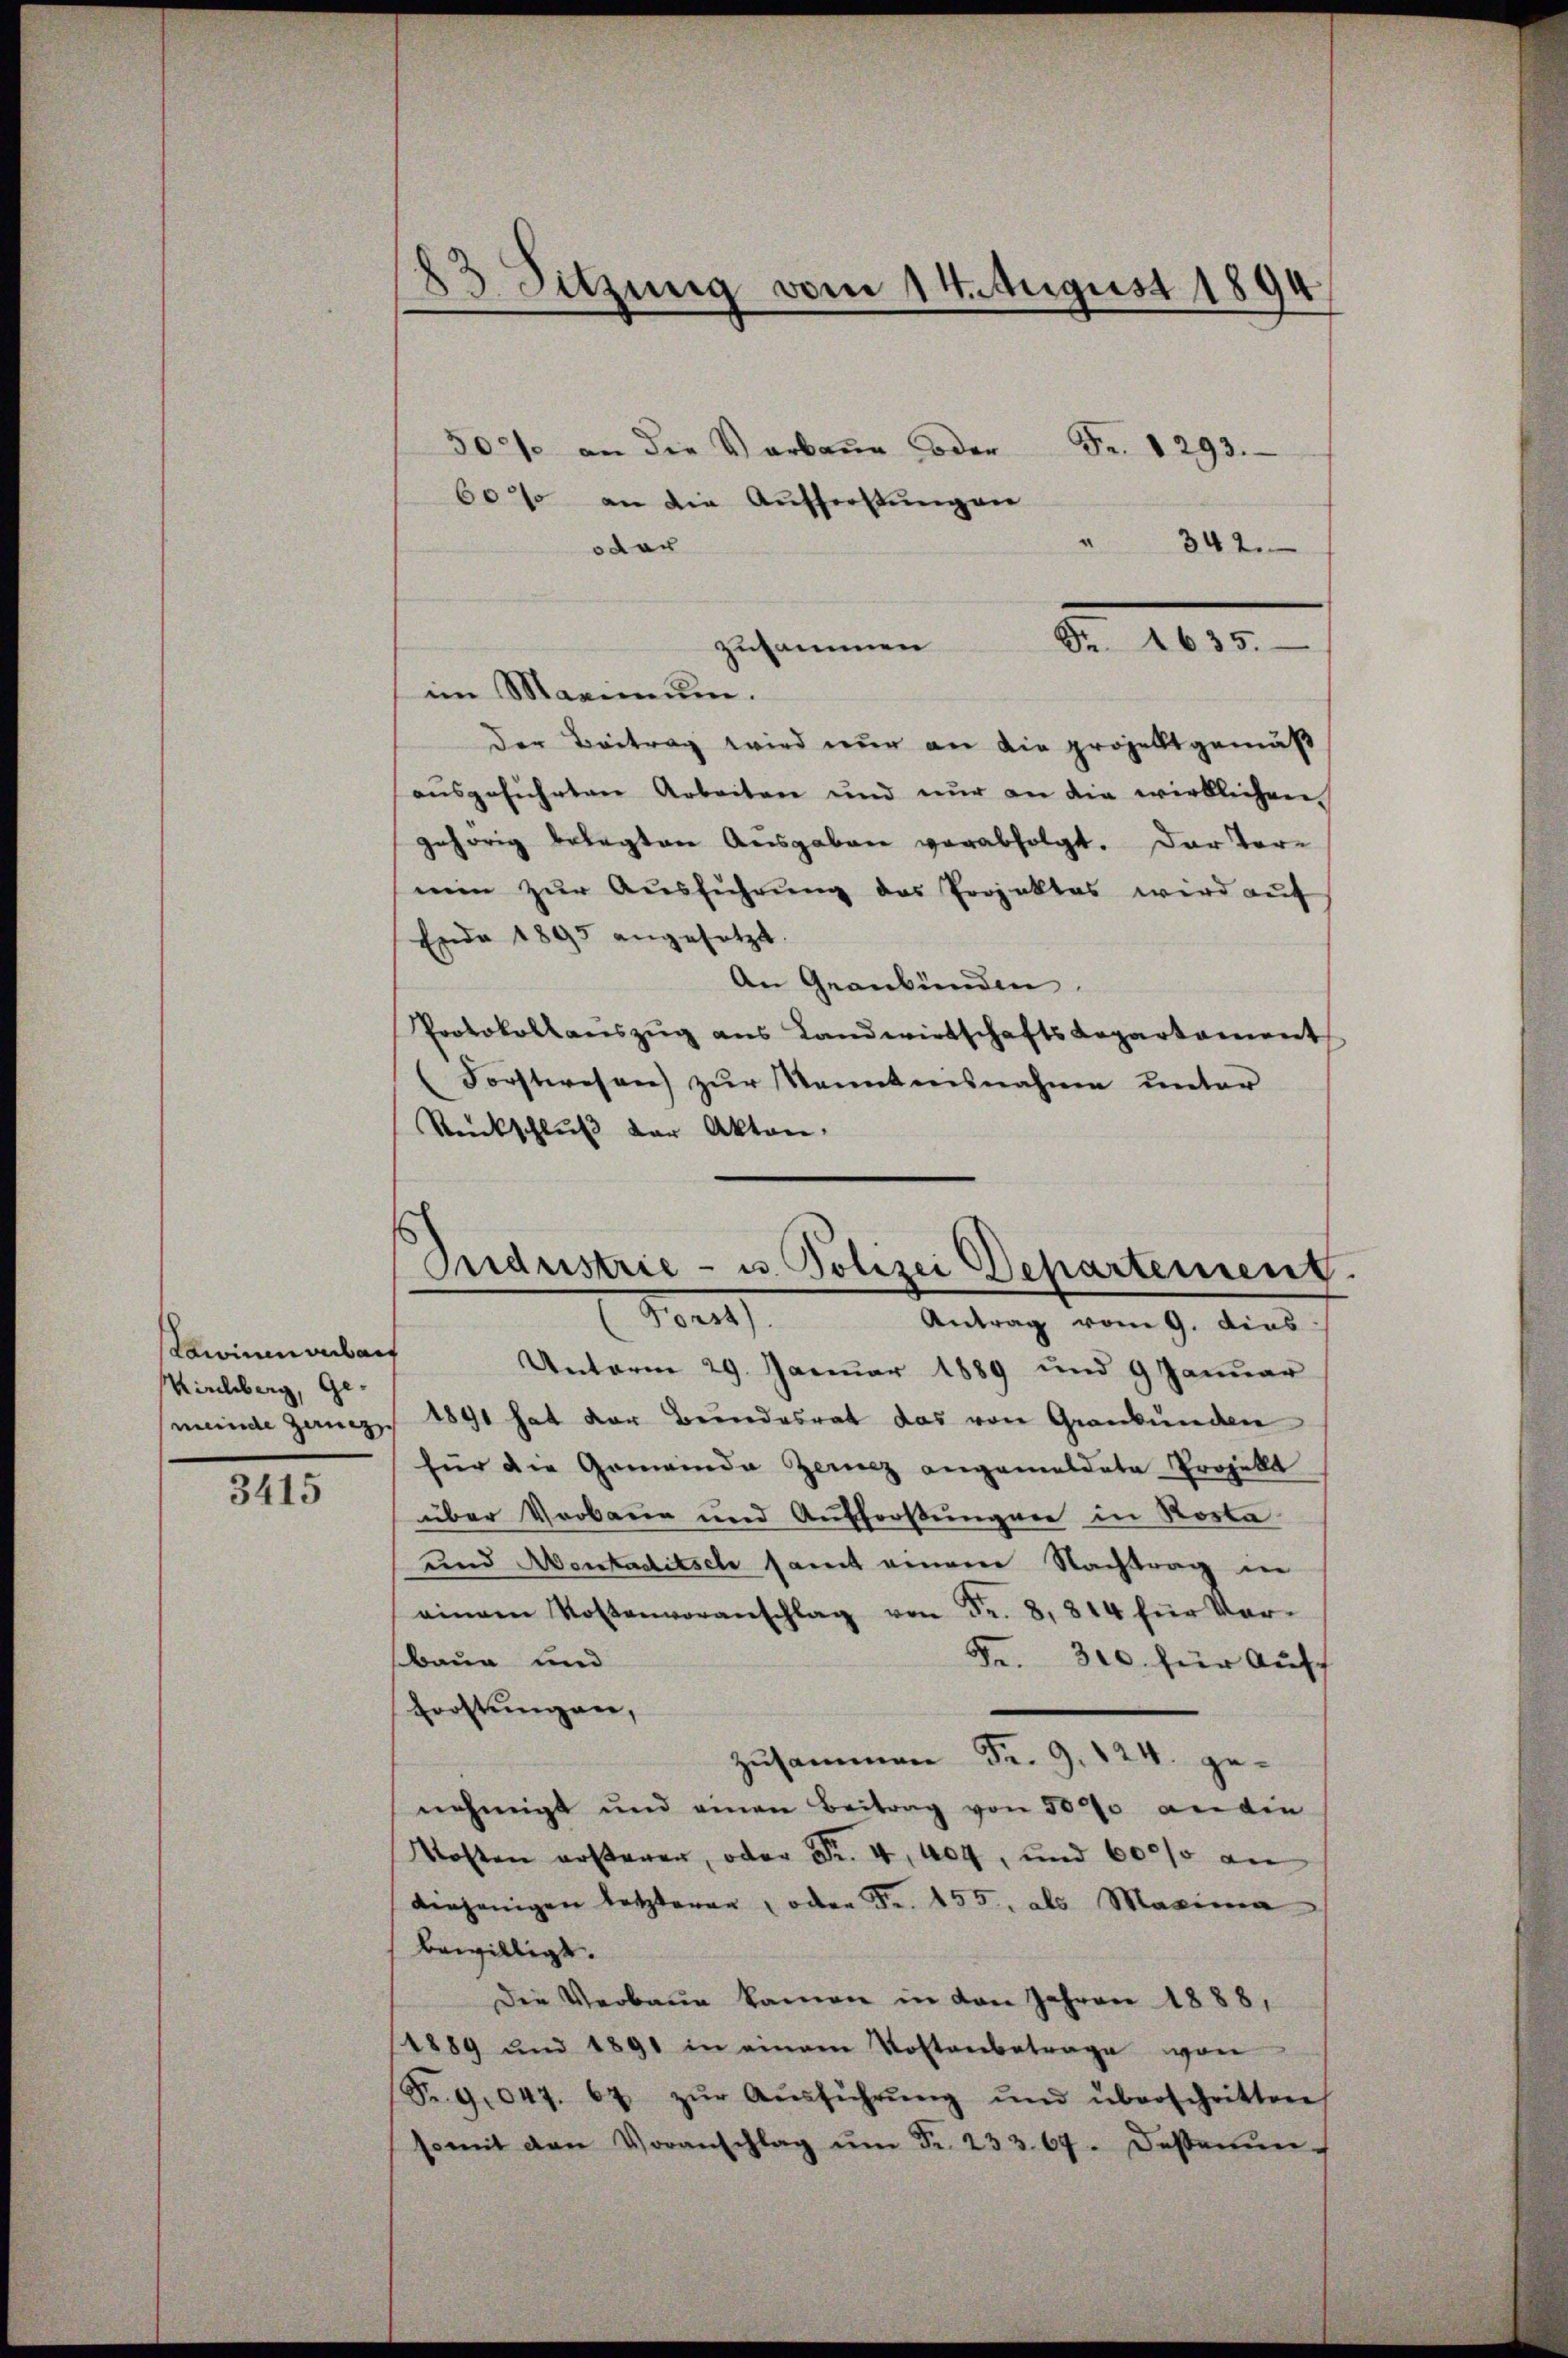
Lawinen abers
Viechberg, Gemeinde Zaugg

3415

83 Sitzung vom 14. August 1894

Fr. 1293.
500 an die Verbaue oder
60% an die Aufforstungen
" 342.
oder
zusammen
im Maximum.
der Beitrag wird nur an die projekt gemäß
ausgeführten Arbeiten und nur an die wirklichen
gehörig belegten Ausgaben verabfolgt. Der Ter-
min zŭr Aŭsführŭng des Projektes wird aŭf
Ende 1895 angesetzt.
An Graubünden.
Protokollaŭszŭg ans Landwirtschafts Repartament
(Forstwesen zur Kenntensnahme unter
Rankschluß der Akten.
Antrag vom 9. dies
Unterm 29. Januar 1889 und 9 Januar
1891 hat der Bundesrat das von Graubünden
für die Gemeinde Zerez angemeldete Projekt
über Vorbaue und Aufforstungen in Rosla
und Montacitsch samt einem Nachtrag in
einem Kostenvoranschlag von Fr. 8, 814 für Ver-
baun und
Fr. 300. für Auff
Forstungen,
zusammen Fr. 9. 124. genehmigt und einen Beitrag von 5000 an die
Kosten ersterer, oder Fr. 4, 404, und 6000 an
derjenigen letzteren, oder Fr. 155, als Maxima
bewilligt.
Die Verbaue kamen in den Jahren 1888,
1889 und 1891 in einem Vorstenbetrage von
Fr. 9047. 67 zŭr Aŭsführŭng ŭnd überschritten
somit den Voranschlag ŭm Fr. 233. 67. Desserŭn-

Fr. 1635.

Industrie - u. Polizei Departement
Ne